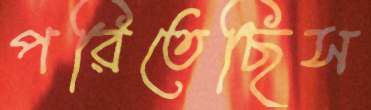
পরিতেছিস